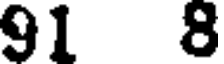
91 8